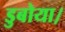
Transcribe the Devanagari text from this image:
डुबोया।